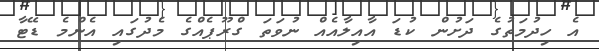
އެ ހިދުމަތުގެ ދަށުން ކުޑަ އާއިލާއެއް ނުވަތަ ގްރޫޕެއްގެ މެދުގައި އެންމެ ޑޭޓާ